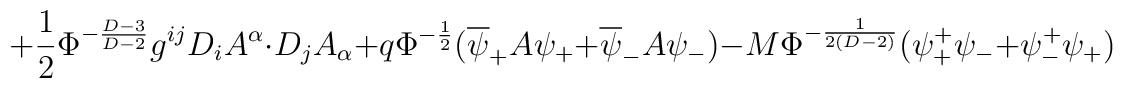
+\frac{1}{2}\Phi^{-\frac{D-3}{D-2}}g^{ij}D_i A^\alpha \cdot D_j A_\alpha+q\Phi^{-\frac{1}{2}}(\overline{\psi}_+ A\psi_+ +\overline{\psi}_-A\psi_-)-M\Phi^{-\frac{1}{2(D-2)}}(\psi_+^+\psi_- +\psi_-^+\psi_+)